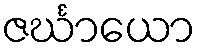
ဇင်္ဃာယော